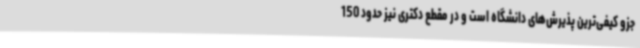
جزو کیفی‌ترین پذیرش‌های دانشگاه است و در مقطع دکتری نیز حدود 150